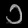
Digit: ၁